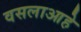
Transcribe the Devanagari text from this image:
वसलाआहे